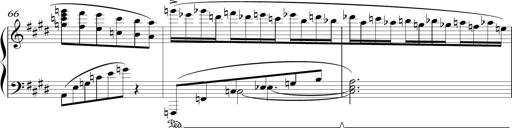
Title: Sonatina in E minor
Composer: Shuwen Zhang
Key: E minor